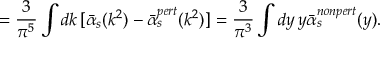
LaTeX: = \frac { 3 } { \pi ^ { 5 } } \int d k \, [ \bar { \alpha } _ { s } ( k ^ { 2 } ) - \bar { \alpha } _ { s } ^ { p e r t } ( k ^ { 2 } ) ] = \frac { 3 } { \pi ^ { 3 } } \int d y \, y \bar { \alpha } _ { s } ^ { n o n p e r t } ( y ) .